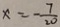
x = - \frac { 7 } { 2 0 }